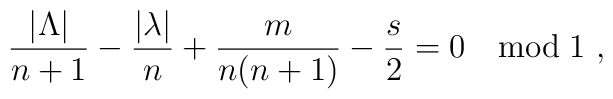
\frac{|\Lambda|}{n+1}-\frac{|\lambda|}{n}+{m\over n(n+1)}-{s \over 2}=0 \quad \mbox{mod} \; 1~,